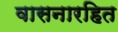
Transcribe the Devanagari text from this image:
वासनारहित